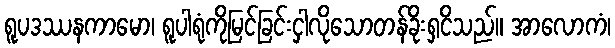
ရူပဒဿနကာမော၊ ရူပါရုံကိုမြင်ခြင်းငှါလိုသောတန်ခိုးရှငိသည်။ အာလောကံ၊